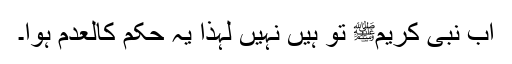
اب نبی کریمﷺ تو ہیں نہیں لہٰذا یہ حکم کالعدم ہوا۔